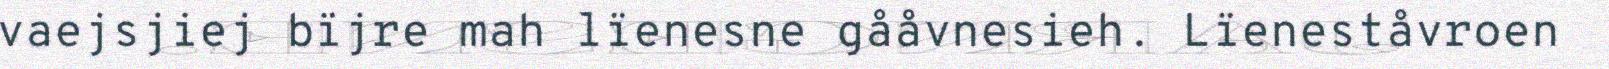
vaejsjiej bïjre mah lïenesne gååvnesieh. Lïeneståvroen